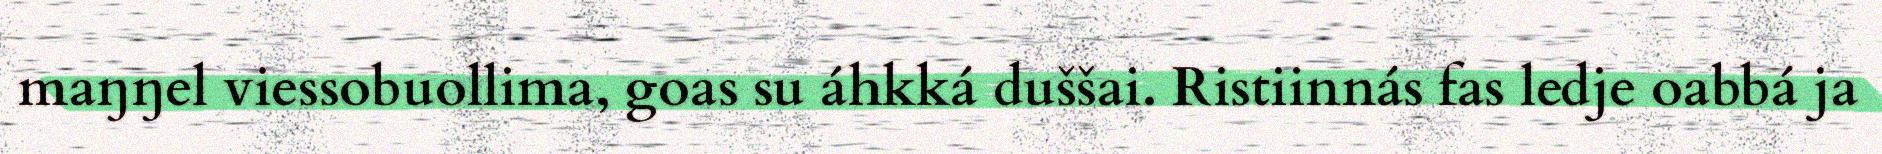
maŋŋel viessobuollima, goas su áhkká duššai. Ristiinnás fas ledje oabbá ja